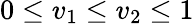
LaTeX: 0\leq v_{1}\leq v_{2}\leq 1